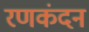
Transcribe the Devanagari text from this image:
रणकंदन